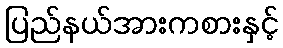
ပြည်နယ်အားကစားနှင့်